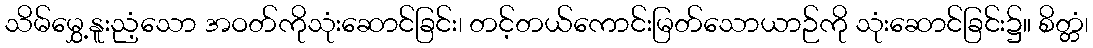
သိမ်မွှေ့နူးညံ့သော အဝတ်ကိုသုံးဆောင်ခြင်း၊ တင့်တယ်ကောင်းမြတ်သောယာဉ်ကို သုံးဆောင်ခြင်း၌။ စိတ္တံ၊